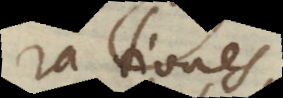
rationes,